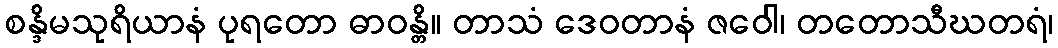
စန္ဒိမသုရိယာနံ ပုရတော ဓာဝန္တိ။ တာသံ ဒေဝတာနံ ဇဝေါ၊ တတောသီဃတရံ၊